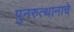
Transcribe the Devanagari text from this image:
पुनरुत्थानाचे